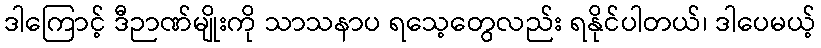
ဒါကြောင့် ဒီဉာဏ်မျိုးကို သာသနာပ ရသေ့တွေလည်း ရနိုင်ပါတယ်၊ ဒါပေမယ့်